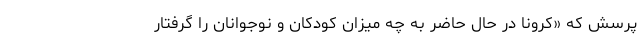
پرسش که «کرونا در حال حاضر به چه میزان کودکان و نوجوانان را گرفتار